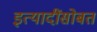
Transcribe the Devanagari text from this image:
इत्यादींसोबत